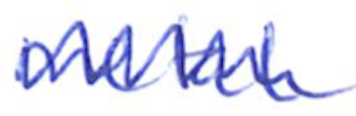
Text: metal
Cross-out: zig-zag
Writing tool: ballpoint